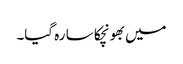
میں بھونچکا سا رہ گیا۔